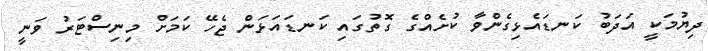
ދިޔުމަކީ އަދަބު ކަނޑައެޅިގެންވާ ކުށެއްގެ ގޮތުގައި ކަނޑައަޅަން ޖެހޭ ކަމަށް މިނިސްޓަރު ވަނީ